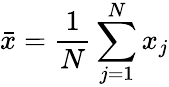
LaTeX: \bar{x}=\frac{1}{N}\sum_{j=1}^{N}x_{j}